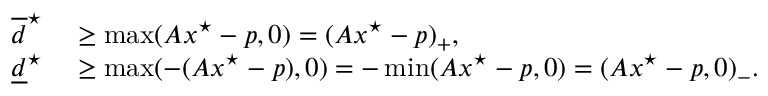
\begin{array} { r l } { \overline { d } ^ { \star } } & { { } \geq \operatorname* { m a x } ( A x ^ { \star } - p , 0 ) = ( A x ^ { \star } - p ) _ { + } , } \\ { \underline { d } ^ { \star } } & { { } \geq \operatorname* { m a x } ( - ( A x ^ { \star } - p ) , 0 ) = - \operatorname* { m i n } ( A x ^ { \star } - p , 0 ) = ( A x ^ { \star } - p , 0 ) _ { - } . } \end{array}